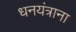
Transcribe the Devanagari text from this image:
धनयंत्राना